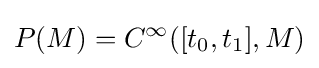
P(M)=C^{\infty }([t_{0},t_{1}],M)